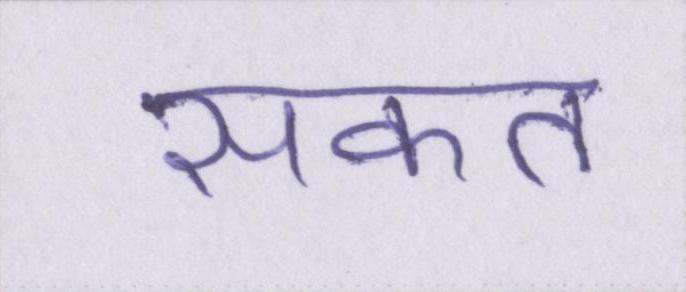
सकत